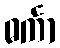
ဓင်္ကာ